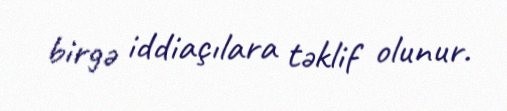
birgə iddiaçılara təklif olunur.